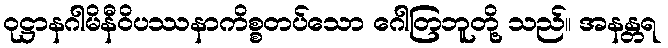
ဝုဋ္ဌာနဂါမိနီဝိပဿနာကိစ္စတပ်သော ဂေါတြဘူတို့ သည်။ အနန္တရ